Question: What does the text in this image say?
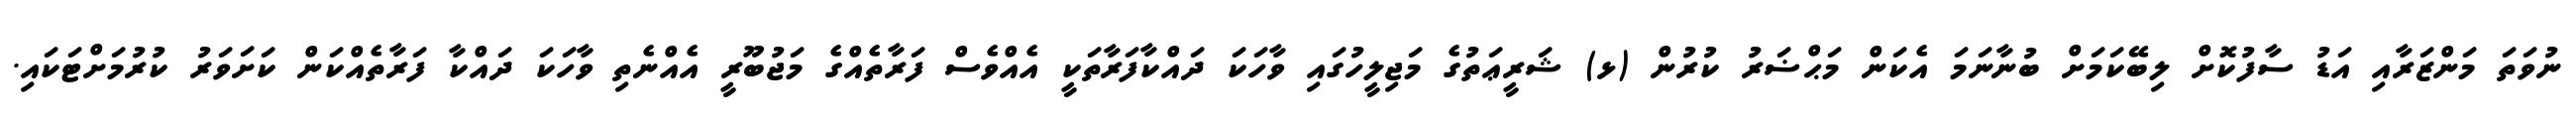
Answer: ނުވަތަ މަންޒަރާއި އަޑު ސާފުކޮށް ލިބޭކަމަށް ބުނާނަމަ އެކަން މަޙްޟަރު ކުރުން (ޅ) ޝަރީޢަތުގެ މަޖިލީހުގައި ވާހަކަ ދައްކާފަރާތަކީ އެއްވެސް ފަރާތެއްގެ މަޖުބޫރީ އެއްނެތި ވާހަކަ ދައްކާ ފަރާތެއްކަން ކަށަވަރު ކުރުމަށްޓަކައި.